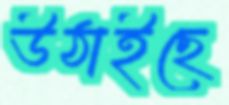
উঠাইছে